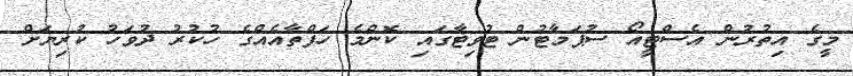
މީގެ އިތުރުން އެސްޓީއޯ ސުޕަމާޓުން ޓުވިޓާގައި ކޮންމެ ހަފްތާއެއްގެ ހުކުރު ދުވަހު ކުރިޔަށް